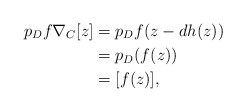
\begin{align*}p_D f \nabla_C [z] & = p_D f(z - dh(z)) \\& = p_D(f(z)) \\& = [f(z)],\end{align*}